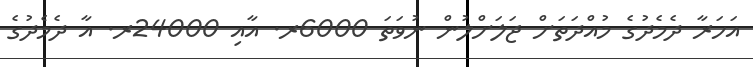
އަހަރާ ދެމެދުގެ މުއްދަތަށް ޖަލަށްލުން ނުވަތަ 6000ރ. އާއި 24000ރ. އާ ދެމެދުގެ